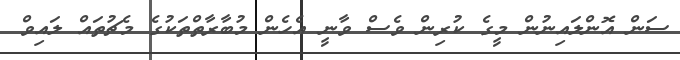
ސަން އޮންލައިނުން މީގެ ކުރިން ވެސް ވާނީ އެހެން މުބާރާތްތަކުގެ މެޗުތައް ލައިވް